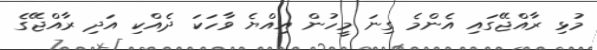
މުޅި ރާއްޖޭގައި އެންމެ ގިނަ މީހުން އިއްޔެ ވާހަކަ ދެއްކި އަދި ރާއްޖޭގެ